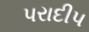
પરાદીપ